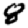
Digit: 8